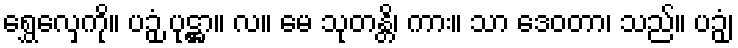
ရွှေလှေကို။ ပဉှံ ပုဋ္ဌာ။ လ။ မေ သုတန္တိ၊ ကား။ သာ ဒေဝတာ၊ သည်။ ပဉှံ၊